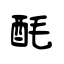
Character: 酕